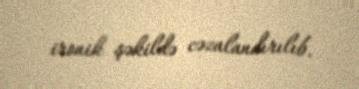
ironik şəkildə cəzalandırılıb.